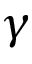
\gamma